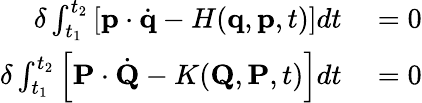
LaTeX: \begin{array}{rl}{\delta\int_{t_{1}}^{t_{2}}\left[\mathbf{p}\cdot{\dot{\mathbf{q}}}-H(\mathbf{q},\mathbf{p},t)\right]dt}&{{}=0}\\ {\delta\int_{t_{1}}^{t_{2}}\left[\mathbf{P}\cdot{\dot{\mathbf{Q}}}-K(\mathbf{Q},\mathbf{P},t)\right]dt}&{{}=0}\end{array}